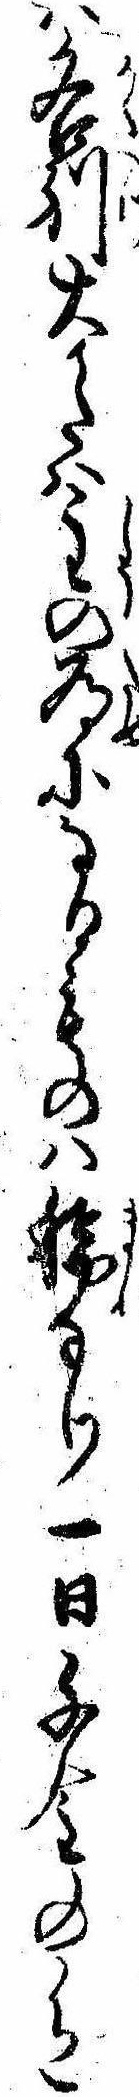
は各別大かたは主の為になるものは稀なり一日千金の色